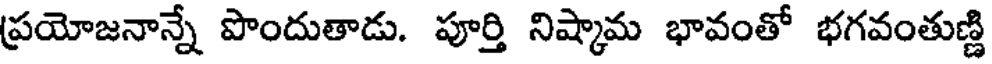
ప్రయోజనాన్నే పొందుతాడు. పూర్తి నిష్కామ భావంతో భగవంతుణ్ణి